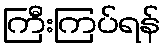
ကြီးကြပ်ရန်